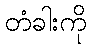
တံခါးကို